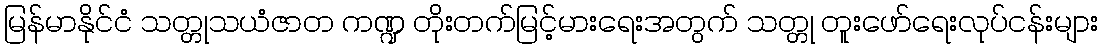
မြန်မာနိုင်ငံ သတ္တုသယံဇာတ ကဏ္ဍ တိုးတက်မြင့်မားရေးအတွက် သတ္တု တူးဖော်ရေးလုပ်ငန်းများ